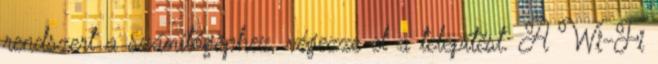
rendszert a számítógéphez, végezze el a telepítést. A Wi-Fi